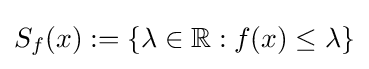
S_{f}(x):=\{\lambda \in \mathbb {R} :f(x)\leq \lambda \}